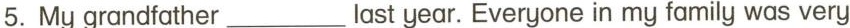
5. My grandfather___last year. Everyone in my familg was very